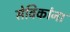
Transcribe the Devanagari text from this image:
सेविकांना